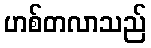
ဟစ်တလာသည်